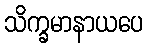
သိက္ခမာနာယပေ